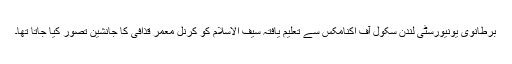
برطانوی یونیورسٹی لندن سکول آف اکنامکس سے تعلیم یافتہ سیف الاسلام کو کرنل معمر قذافی کا جانشین تصور کیا جاتا تھا۔